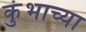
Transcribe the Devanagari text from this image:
कुंभाच्या